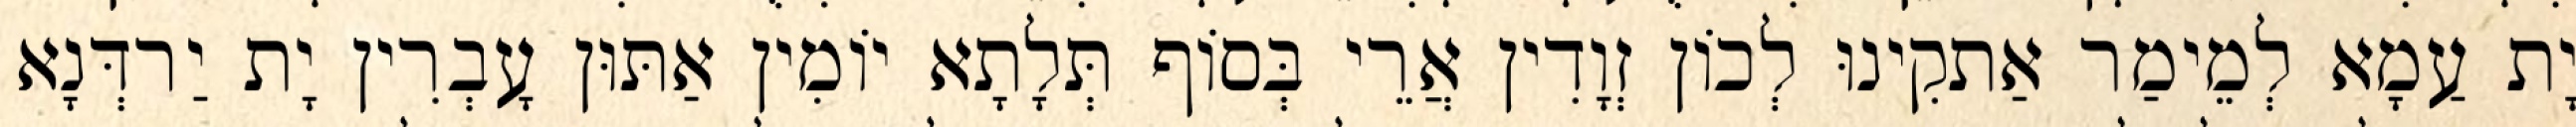
יָת עַמָא לְמֵימַר אַתקִינוּ לְכוֹן זְוָדִין אֲרֵי בְּסוֹף תְּלָתָא יוֹמִין אַתּוּן עָבְרִין יָת יַרדְּנָא